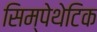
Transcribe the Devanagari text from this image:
सिम्पेथेटिक